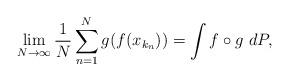
LaTeX: \begin{align*}\lim_{N \to \infty}\frac{1}{N}\sum_{n=1}^N g(f(x_{k_n})) = \int f \circ g\ dP,\end{align*}